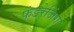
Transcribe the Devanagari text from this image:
फंडरेजिंग